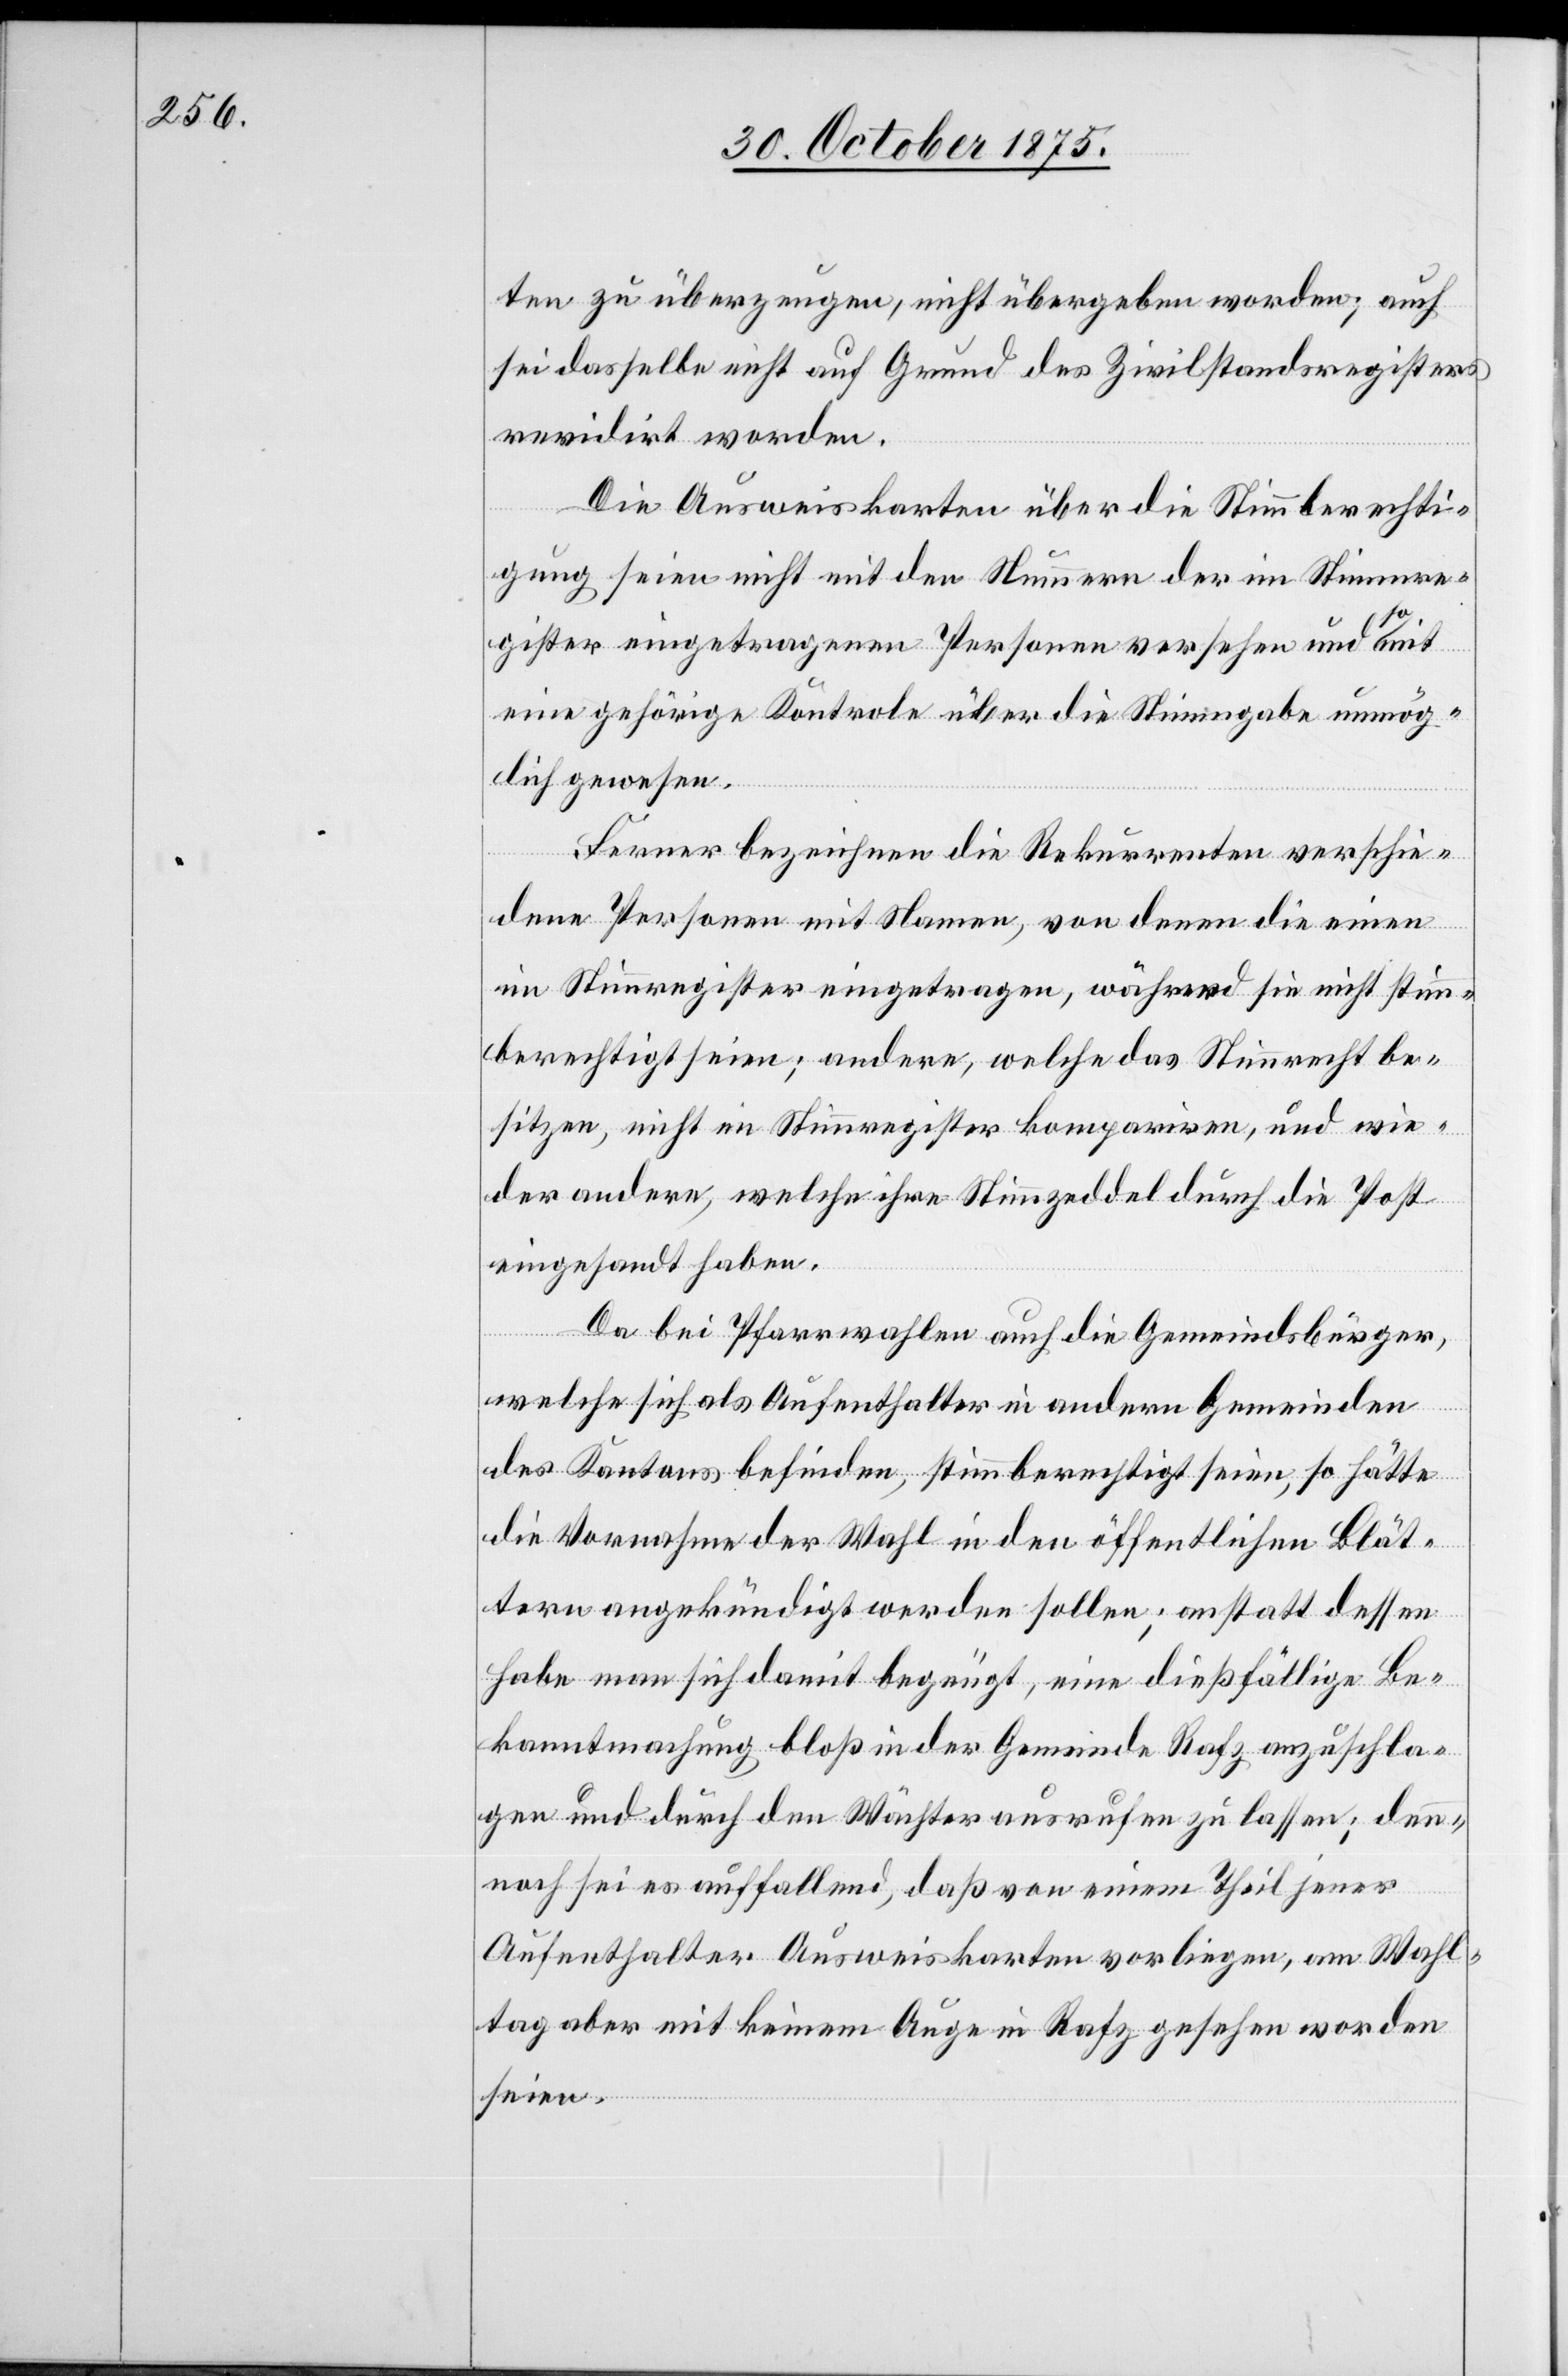
ten zu überzeugen, nicht übergeben worden; auch
sei dasselbe nicht auf Grund des Zivilstandsregisters
revidirt worden.
Die Ausweiskarten über die Stimmberechti¬
gung seien nicht mit den Nummern der im Stimmre¬
gister eingetragenen Personen versehen und somit
eine gehörige Kontrole über die Stimmgabe unmög¬
lich gewesen.
Ferner bezeichnen die Rekurrenten verschie¬
dene Personen mit Namen, von denen die einen
im Stimmregister eingetragen, während sie nicht stimm¬
berechtigt seien; andere, welche das Stimmrecht be¬
sitzen, nicht im Stimmregister kompariren, und wie¬
der andere, welche ihre Stimmzeddel durch die Post
eingesandt haben.
Da bei Pfarrwahlen auch die Gemeindsbürger,
welche sich als Aufenthalter in andern Gemeinden
des Kantons befinden, stimmberechtigt seien, so hätte
die Vornahme der Wahl in den öffentlichen Blät¬
tern angekündigt werden sollen; anstatt dessen
habe man sich damit begnügt, eine dießfällige Be¬
kanntmachung bloß in der Gemeinde Rafz anzuschla¬
gen und durch den Wächter ausrufen zu lassen; denn¬
noch sei es auffallend, daß von einem Theil jener
Aufenthalter Ausweiskarten vorliegen, am Wahl¬
tag aber mit keinem Auge in Rafz gesehen worden
seien.